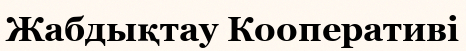
Жабдықтау Кооперативі